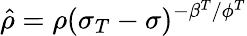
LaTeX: \hat{\rho}=\rho(\sigma_{T}-\sigma)^{-\beta^{T}/\phi^{T}}